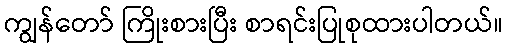
ကျွန်တော် ကြိုးစားပြီး စာရင်းပြုစုထားပါတယ်။